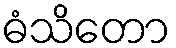
ဓံသိတော